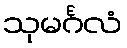
သုမင်္ဂလံ